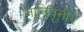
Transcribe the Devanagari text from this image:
जातिवृत्तीय